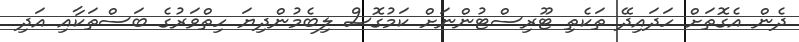
ދެން އެގޮތަށް ހަދައިދޭ ތަކެތި ޓޫރިސްޓުންނަށް ކަމުގޮސް ލިބެމުންދިޔަ ހިތްވަރުގެ ބަސްތަކާއި އަދި